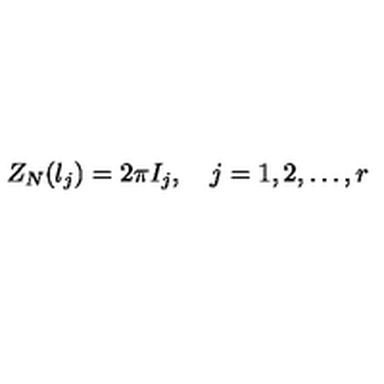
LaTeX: Z _ { N } ( \l _ { j } ) = 2 \pi I _ { j } , \quad j = 1 , 2 , \ldots , r